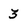
Character: 3